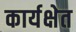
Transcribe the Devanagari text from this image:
कार्यक्षेत